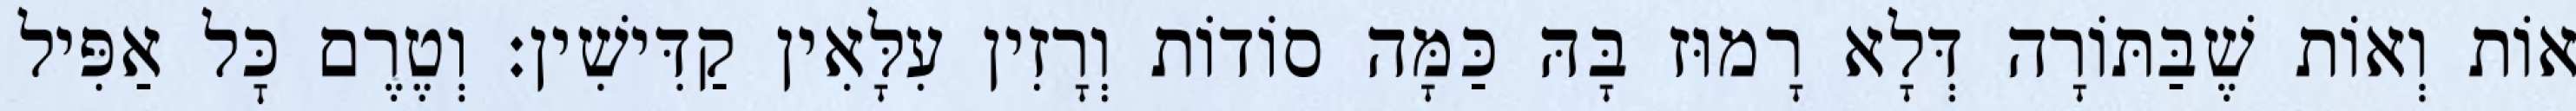
אוֹת וְאוֹת שֶׁבַּתּוֹרָה דְּלָא רָמוּז בָּהּ כַּמָּה סוֹדוֹת וְרָזִין עִלָּאִין קַדִּישִׁין: וְטֶרֶם כׇּל אַפִּיל